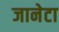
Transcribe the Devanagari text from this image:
जानेटा